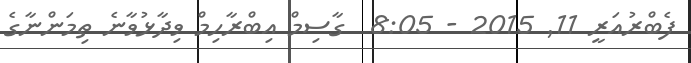
ފެބްރުއަރީ 11